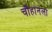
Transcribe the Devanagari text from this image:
चौहानला